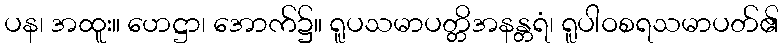
ပန၊ အထူး။ ဟေဋ္ဌာ၊ အောက်၌။ ရူပသမာပတ္တိအနန္တရံ၊ ရူပါဝစရသမာပတ်၏